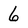
Character: 6